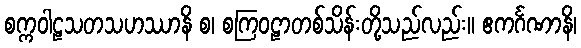
စက္ကဝါဠသတသဟဿာနိ စ၊ စကြဝဠာတစ်သိန်းတို့သည်လည်း။ ဧကင်္ဂဏာနိ၊